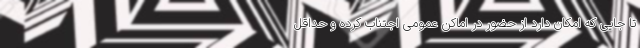
تا جایی که امکان دارد از حضور در اماکن عمومی اجتناب کرده و حداقل